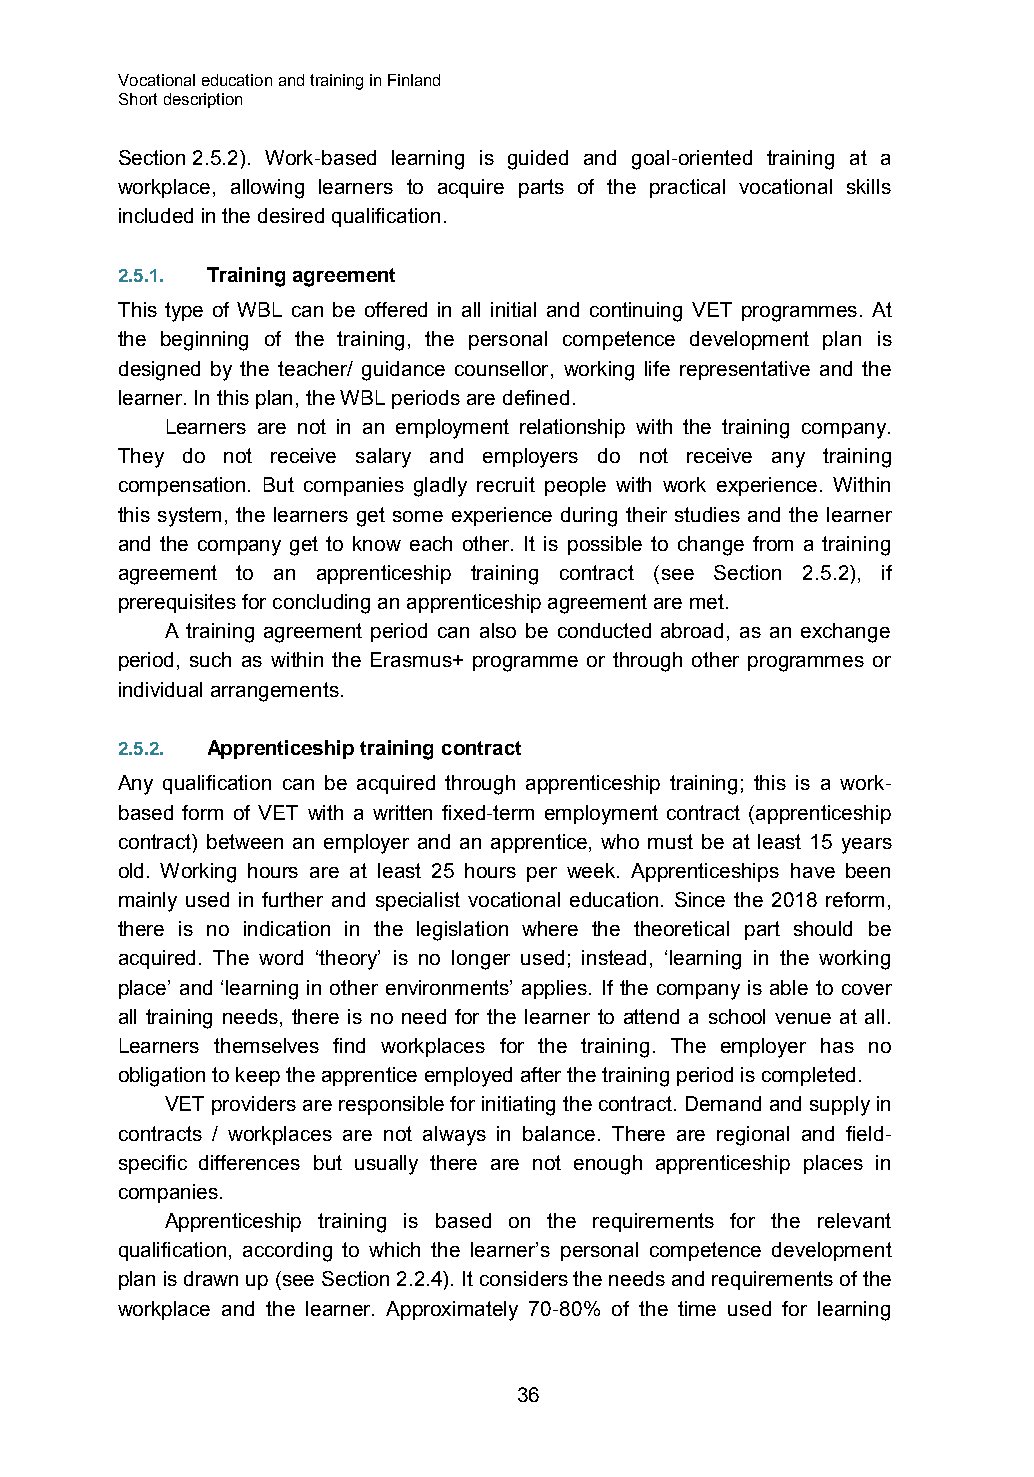
Vocational education and training in Finland
 Short description
 Section 2.5.2). Work-based learning is guided and goal-oriented training at a
 workplace, allowing learners to acquire parts of the practical vocational skills
 included in the desired qualification.
 2.5.1. Training agreement
 This type of WBL can be offered in all initial and continuing VET programmes. At
 the beginning of the training, the personal competence development plan is
 designed by the teacher/ guidance counsellor, working life representative and the
 learner. In this plan, the WBL periods are defined.
 Learners are not in an employment relationship with the training company.
 They do not receive salary and employers do not receive any training
 compensation. But companies gladly recruit people with work experience. Within
 this system, the learners get some experience during their studies and the learner
 and the company get to know each other. It is possible to change from a training
 agreement to an apprenticeship training contract (see Section 2.5.2), if
 prerequisites for concluding an apprenticeship agreement are met.
 A training agreement period can also be conducted abroad, as an exchange
 period, such as within the Erasmus+ programme or through other programmes or
 individual arrangements.
 2.5.2. Apprenticeship training contract
 Any qualification can be acquired through apprenticeship training; this is a work-
 based form of VET with a written fixed-term employment contract (apprenticeship
 contract) between an employer and an apprentice, who must be at least 15 years
 old. Working hours are at least 25 hours per week. Apprenticeships have been
 mainly used in further and specialist vocational education. Since the 2018 reform,
 there is no indication in the legislation where the theoretical part should be
 acquired. The word ‘theory’ is no longer used; instead, ‘learning in the working
 place’ and ‘learning in other environments’ applies. If the company is able to cover
 all training needs, there is no need for the learner to attend a school venue at all.
 Learners themselves find workplaces for the training. The employer has no
 obligation to keep the apprentice employed after the training period is completed.
 VET providers are responsible for initiating the contract. Demand and supply in
 contracts / workplaces are not always in balance. There are regional and field-
 specific differences but usually there are not enough apprenticeship places in
 companies.
 Apprenticeship training is based on the requirements for the relevant
 qualification, according to which the learner’s personal competence development
 plan is drawn up (see Section 2.2.4). It considers the needs and requirements of the
 workplace and the learner. Approximately 70-80% of the time used for learning
 36